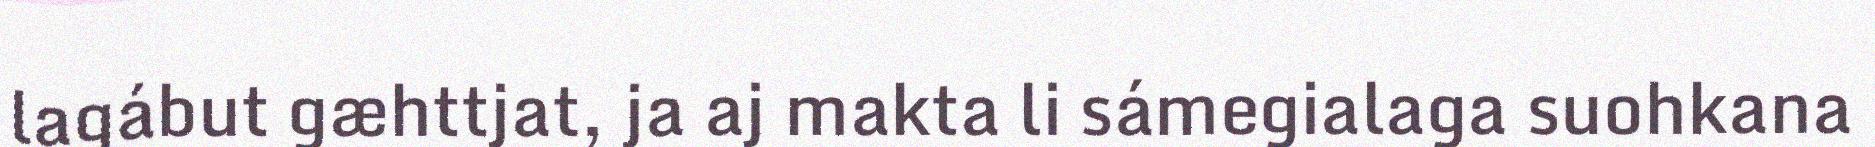
lagábut gæhttjat, ja aj makta li sámegialaga suohkana